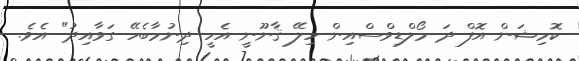
ކޮމިޝަން އޮފް ދަ މޯލްޑިވްސްއިން ހިލޭ ޤާނޫނީ އެހީ ދިނުމާބެހޭ ގަވާއިދު" އެވެ.